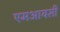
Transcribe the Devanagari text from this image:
एमआयसी